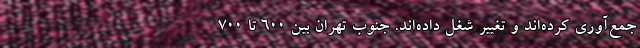
جمع‌آوری کرده‌اند و تغییر شغل داده‌اند. جنوب تهران بین 600 تا 700